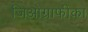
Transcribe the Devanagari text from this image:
जिओग्राफीका